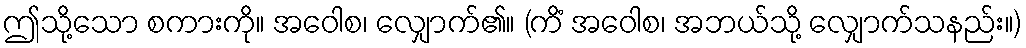
ဤသို့သော စကားကို။ အဝေါစ၊ လျှောက်၏။ (ကိံ အဝေါစ၊ အဘယ်သို့ လျှောက်သနည်း။)